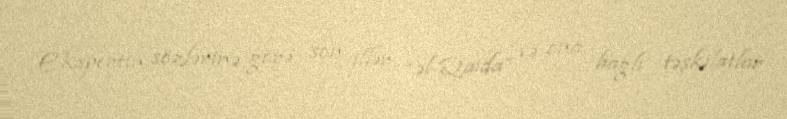
Ekspertin sözlərinə görə, son illər “əl-Qaida” və ona bağlı təşkilatlar